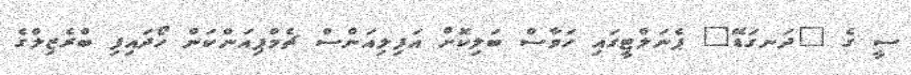
ސީ ގެ "ދަނގަޑޭ" ޕެނަލްޓީގައި ހަވާސް ބަލިކޮށް އަފިލިއަންސް ޗެމްޕިއަންކަން ހޯދައިފި ބްރެޒިލްގެ